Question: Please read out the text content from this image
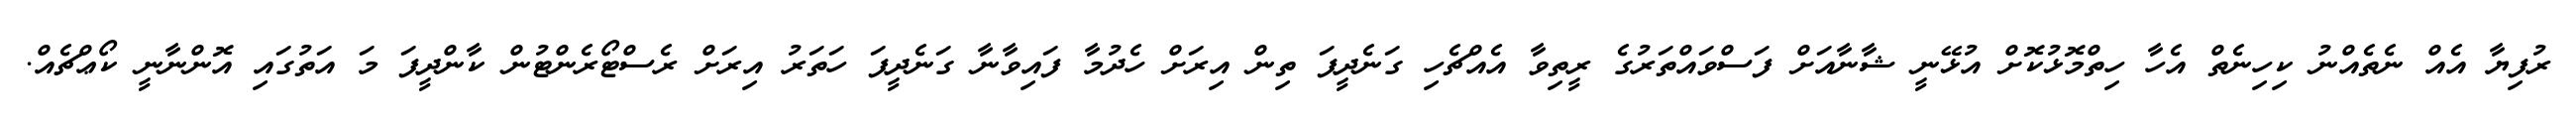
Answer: ރުފިޔާ އެއް ނެތެއްނު ކިހިނެތް އެހާ ހިތްމޮޅުކޮށް އުޅޭނީ ޝާނާއަށް ފަސްވައްތަރުގެ ރީތިވާ އެއްޗެހި ގަނެދީފަ ތިން އިރަށް ހެދުމާ ފައިވާނާ ގަނެދީފަ ހަތަރު އިރަށް ރެސްޓޯރެންޓުން ކާންދީފަ މަ އަތުގައި އޮންނާނީ ކޯޢްޗެއް.